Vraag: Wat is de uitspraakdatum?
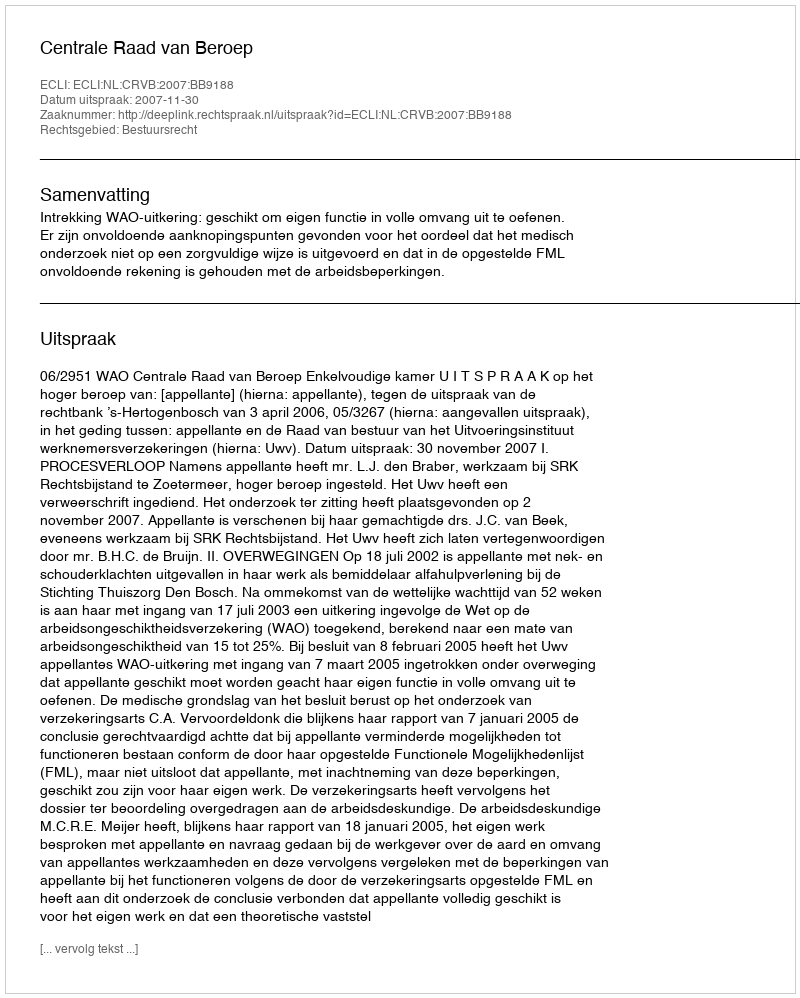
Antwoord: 2007-11-30